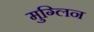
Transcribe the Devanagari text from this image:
मुग्लिन